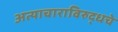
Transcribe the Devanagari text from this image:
अत्याचाराविरुद्धचे